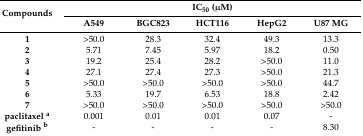
| <ROWSPAN=2> Compounds | <COLSPAN=5> IC50 (μM) |
 | A549 | BGC823 | HCT116 | HepG2 | U87 MG |
 | --- | --- | --- | --- | --- | --- |
 | 1 | >50.0 | 28.3 | 32.4 | 49.3 | 13.3 |
 | 2 | 5.71 | 7.45 | 5.97 | 18.2 | 0.50 |
 | 3 | 19.2 | 25.4 | 28.2 | >50.0 | 11.0 |
 | 4 | 27.1 | 27.4 | 27.3 | >50.0 | 21.3 |
 | 5 | >50.0 | >50.0 | >50.0 | >50.0 | 44.7 |
 | 6 | 5.33 | 19.7 | 6.53 | 18.8 | 2.42 |
 | 7 | >50.0 | >50.0 | >50.0 | >50.0 | >50.0 |
 | paclitaxel a | 0.001 | 0.01 | 0.01 | 0.07 | - |
 | gefitinib b | - | - | - | - | 8.30 |